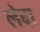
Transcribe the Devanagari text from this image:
लेदा